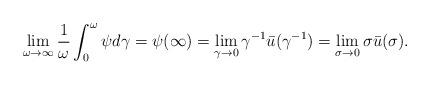
LaTeX: \begin{align*} \lim_{\omega \rightarrow\infty}\frac{1}{\omega}\int^{\omega}_{0}\psi d\gamma = \psi(\infty) =\lim_{\gamma \rightarrow 0}\gamma^{-1}\bar{u}(\gamma^{-1})= \lim_{\sigma \rightarrow 0}\sigma\bar{u}(\sigma). \end{align*}